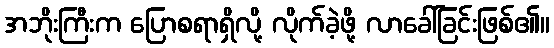
အဘိုးကြီးက ပြောစရာရှိလို့ လိုက်ခဲ့ဖို့ လာခေါ်ခြင်းဖြစ်၏။